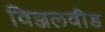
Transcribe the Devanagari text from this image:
विज्जलवीड